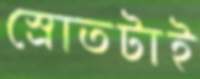
স্রোতটাই